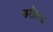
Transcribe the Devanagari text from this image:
करीताचा